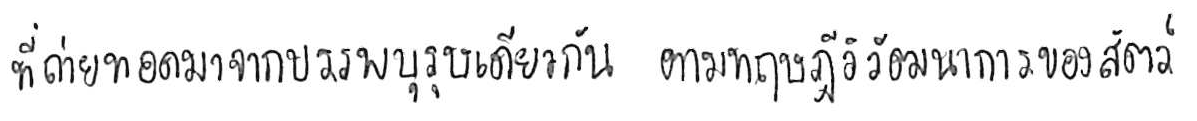
ที่ถ่ายทอดมาจากบรรพบุรุษเดียวกัน ตามทฤษฎีวิวัฒนาการของสัตว์